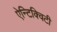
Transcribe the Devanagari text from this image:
ऐन्टिक्विटी